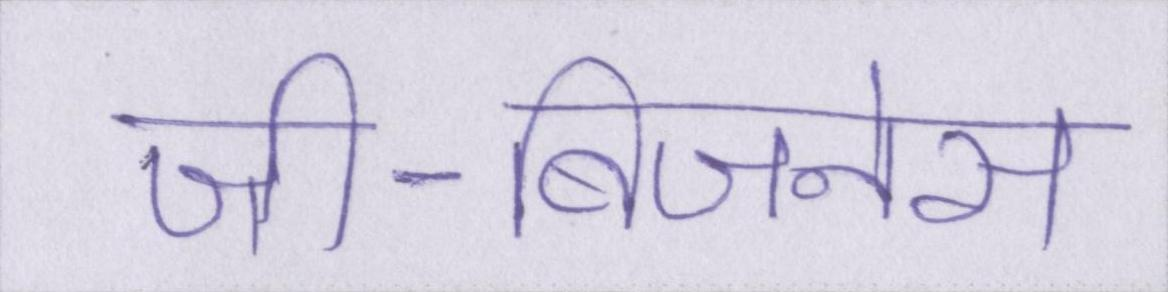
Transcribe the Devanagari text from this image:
जी-बिजनेस